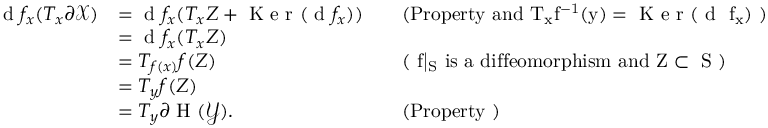
\begin{array} { r l r l } { \textrm { d } f _ { x } ( T _ { x } \partial \mathcal { X } ) } & { = \textrm { d } f _ { x } ( T _ { x } Z + \textrm { K e r } ( \textrm { d } f _ { x } ) ) } & & { \mathrm { ( P r o p e r t y ~ a n d ~ T _ x f ^ { - 1 } ( y ) = \textrm { K e r } ( \textrm { d } ~ f _ x ) ~ ) } } \\ & { = \textrm { d } f _ { x } ( T _ { x } Z ) } \\ & { = T _ { f ( x ) } f ( Z ) } & & { \mathrm { ( ~ f | _ S ~ i s ~ a ~ d i f f e o m o r p h i s m ~ a n d ~ Z \subset ~ S ~ ) } } \\ & { = T _ { y } f ( Z ) } \\ & { = T _ { y } \partial \textrm { H } ( \mathcal { Y } ) . } & & { \mathrm { ( P r o p e r t y ~ ) } } \end{array}